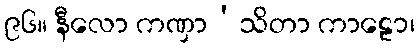
၉၆။ နီလော ကဏှာ’သိတာ ကာဠော၊